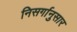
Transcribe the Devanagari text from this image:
निसर्गानुसार